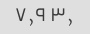
۳٫ ۷٫۹